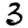
Digit: 3